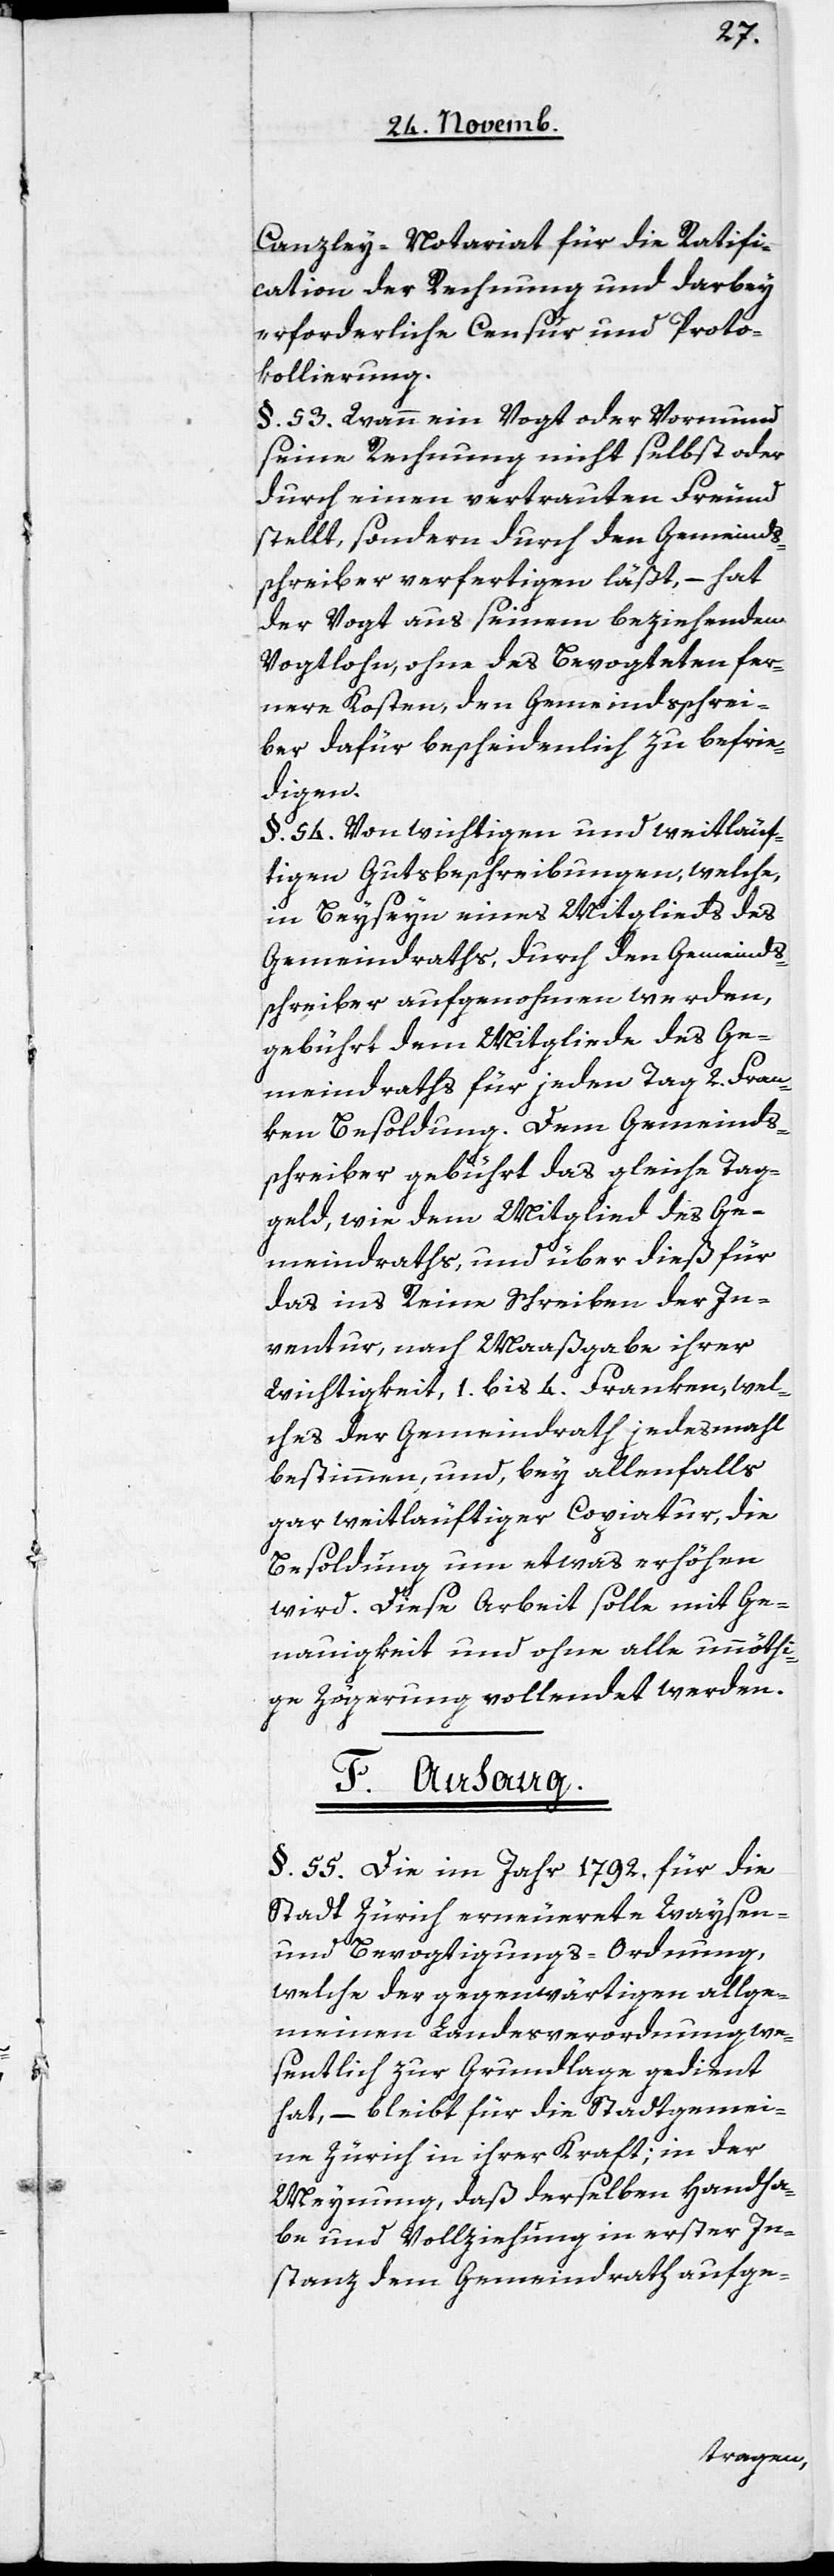
Canzley-Notariat für die Ratifi¬
cation der Rechnung und darbey
erforderliche Censur und Proto¬
kollierung.
§. 53. Wann ein Vogt oder Vormund
seine Rechnung nicht selbst oder
durch einen vertrauten Freund
stellt, sondern durch den Gemeinds¬
schreiber verfertigen läßt, – hat
der Vogt aus seinem beziehenden
Vogtlohn, ohne des Bevogteten fer¬
nere Kosten, den Gemeindsschrei¬
ber dafür bescheidenlich zu befrie¬
digen.
§. 54. Von wichtigen und weitläuf¬
tigen Gutsbeschreibungen, welche,
in Beyseyn eines Mitglieds des
Gemeindraths, durch den Gemeinds¬
schreiber aufgenohmen werden,
gebührt dem Mitgliede des Ge¬
meindraths für jeden Tag 2. Fran¬
ken Besoldung. Dem Gemeinds¬
schreiber gebührt das gleiche Tag¬
geld, wie dem Mitglied des Ge¬
meindraths, und über dieß für
das ins Reine Schreiben der In¬
ventur, nach Maaßgabe ihrer
Wichtigkeit, 1. bis 4. Franken, wel¬
ches der Gemeindrath jedesmahl
bestimmen, und, bey allenfalls
gar weitläuftiger Copiatur, die
Besoldung um etwas erhöhen
wird. Diese Arbeit solle mit Ge¬
nauigkeit und ohne alle unnöthi¬
ge Zögerung vollendet werden.
F. Anhang.
§. 55. Die im Jahr 1792. für die
Stadt Zürich erneuerte Waysen-
und Bevogtigungs-Ordnung,
welche der gegenwärtigen allge¬
meinen Landesverordnung we¬
sentlich zur Grundlage gedient
hat, – bleibt für die Stadtgemei¬
nde Zürich in ihrer Kraft; in der
Meynung, daß derselben Handha¬
be und Vollziehung in erster In¬
stanz dem Gemeindrath aufge-